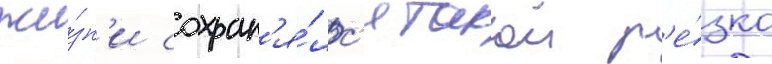
жи́зн'и сохран'я́лс'я такои р'е́зко